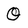
Character: O